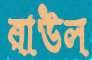
রাউল